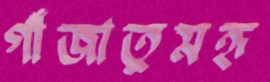
গাঁজাতুমহৃ